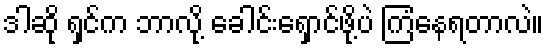
ဒါဆို ရှင်က ဘာလို့ ခေါင်းရှောင်ဖို့ပဲ ကြံနေရတာလဲ။